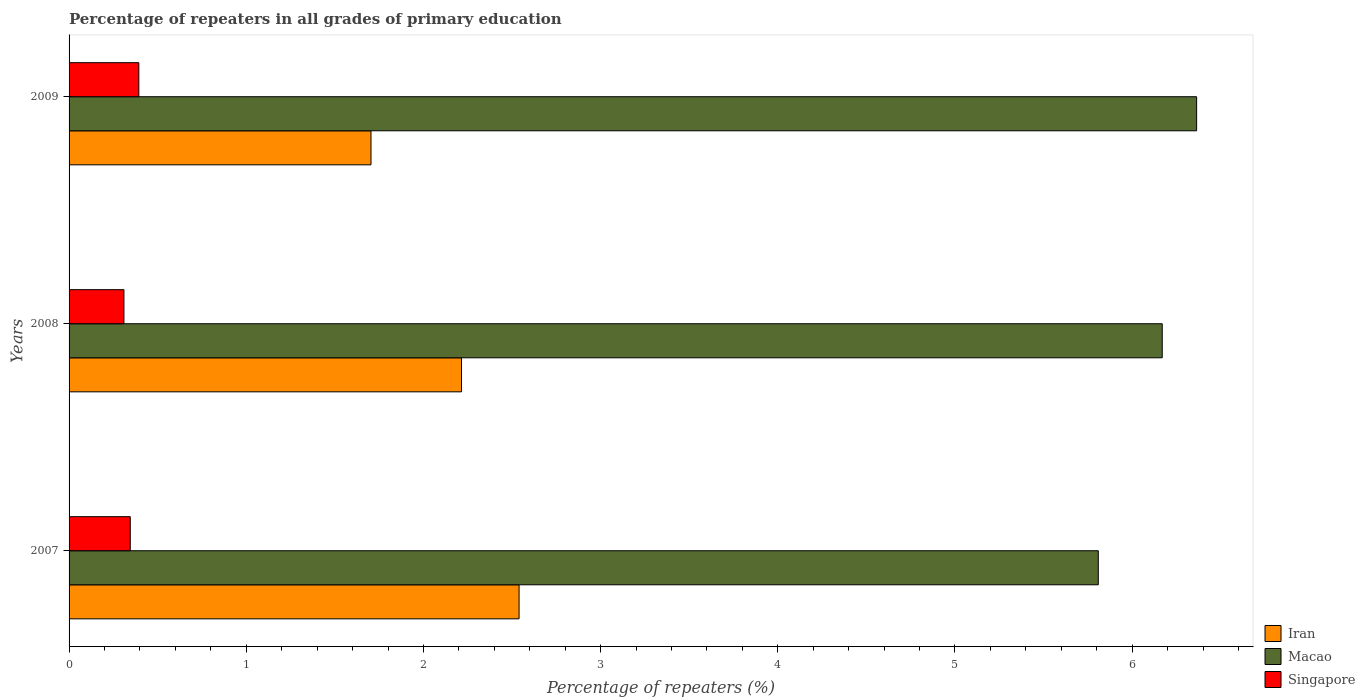
| Years | Iran | Macao | Singapore |
 | --- | --- | --- | --- |
 | 2007 | 2.54 | 5.81 | 0.345 |
 | 2008 | 2.21 | 6.17 | 0.31 |
 | 2009 | 1.7 | 6.36 | 0.394 |